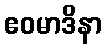
ဧဝမာဒိနာ